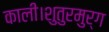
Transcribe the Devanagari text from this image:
काली।शुतुरमुर्ग